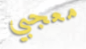
معجبي